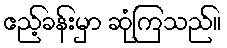
ဧည့်ခန်းမှာ ဆုံကြသည်။